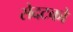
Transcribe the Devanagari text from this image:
सेदटको